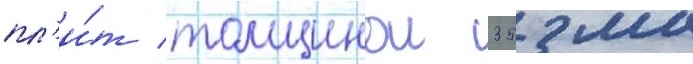
пл'и́т толщинои 35 мм